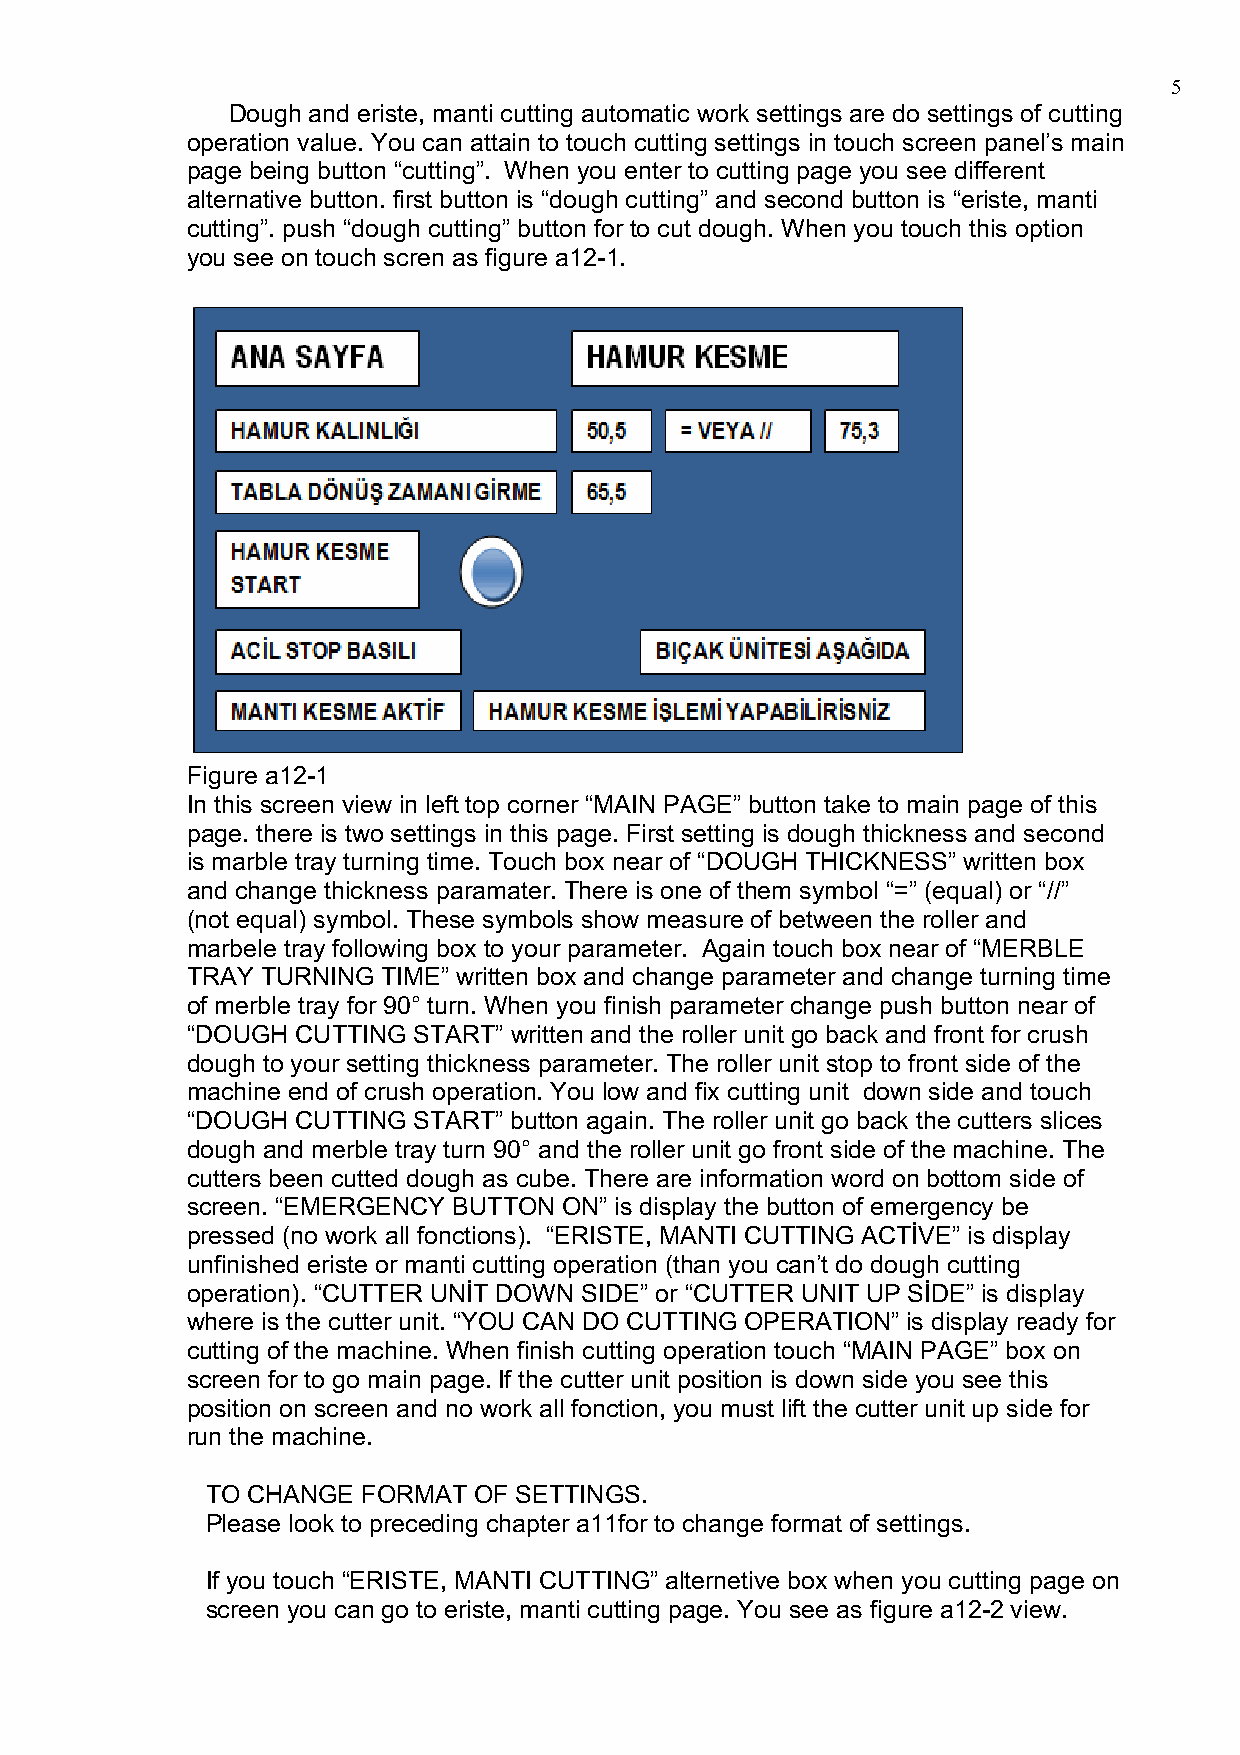
5
 Dough and eriste, manti cutting automatic work settings are do settings of cutting
 operation value. You can attain to touch cutting settings in touch screen panel’s main
 page being button “cutting”. When you enter to cutting page you see different
 alternative button. first button is “dough cutting” and second button is “eriste, manti
 cutting”. push “dough cutting” button for to cut dough. When you touch this option
 you see on touch scren as figure a12-1.
 Figure a12-1
 In this screen view in left top corner “MAIN PAGE” button take to main page of this
 page. there is two settings in this page. First setting is dough thickness and second
 is marble tray turning time. Touch box near of “DOUGH THICKNESS” written box
 and change thickness paramater. There is one of them symbol “=” (equal) or “//”
 (not equal) symbol. These symbols show measure of between the roller and
 marbele tray following box to your parameter. Again touch box near of “MERBLE
 TRAY TURNING TIME” written box and change parameter and change turning time
 of merble tray for 90° turn. When you finish parameter change push button near of
 “DOUGH  CUTTING START” written and the roller unit go back and front for crush
 dough to your setting thickness parameter. The roller unit stop to front side of the
 machine end of crush operation. You low and fix cutting unit down side and touch
 “DOUGH  CUTTING START” button again. The roller unit go back the cutters slices
 dough and merble tray turn 90° and the roller unit go front side of the machine. The
 cutters been cutted dough as cube. There are information word on bottom side of
 screen. “EMERGENCY BUTTON ON” is display the button of emergency be
 pressed (no work all fonctions). “ERISTE, MANTI CUTTING ACTİVE” is display
 unfinished eriste or manti cutting operation (than you can’t do dough cutting
 operation). “CUTTER UNİT DOWN SIDE” or “CUTTER UNIT UP SİDE” is display
 where is the cutter unit. “YOU CAN DO CUTTING OPERATION” is display ready for
 cutting of the machine. When finish cutting operation touch “MAIN PAGE” box on
 screen for to go main page. If the cutter unit position is down side you see this
 position on screen and no work all fonction, you must lift the cutter unit up side for
 run the machine.
 TO CHANGE FORMAT OF SETTINGS.
 Please look to preceding chapter a11for to change format of settings.
 If you touch “ERISTE, MANTI CUTTING” alternetive box when you cutting page on
 screen you can go to eriste, manti cutting page. You see as figure a12-2 view.